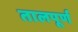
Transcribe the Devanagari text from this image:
तालपूर्ण